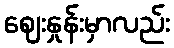
ဈေးနှုန်းမှာလည်း